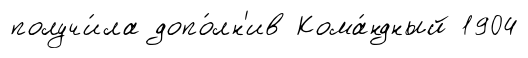
получи́ла допо́лн'ив Кома́ндный 1904